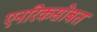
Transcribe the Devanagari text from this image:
एनरिकसोबत